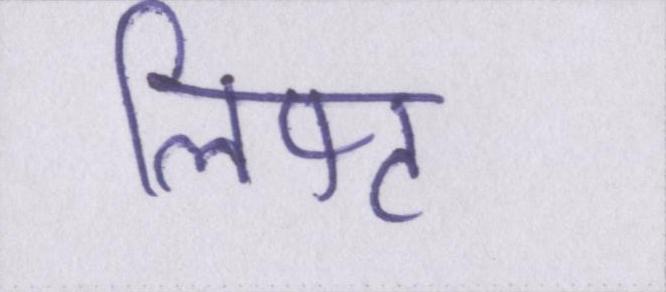
लिफ्ट